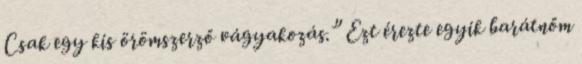
Csak egy kis örömszerző vágyakozás.” Ezt érezte egyik barátnőm